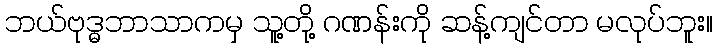
ဘယ်ဗုဒ္ဓဘာသာကမှ သူ့တို့ ဂဏန်းကို ဆန့်ကျင်တာ မလုပ်ဘူး။